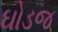
ઘોડજ